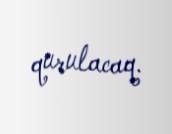
qurulacaq.